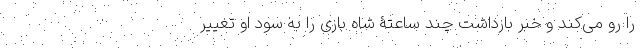
را رو می‌کند و خبر بازداشت چند ساعتۀ شاه بازی را به سود او تغییر